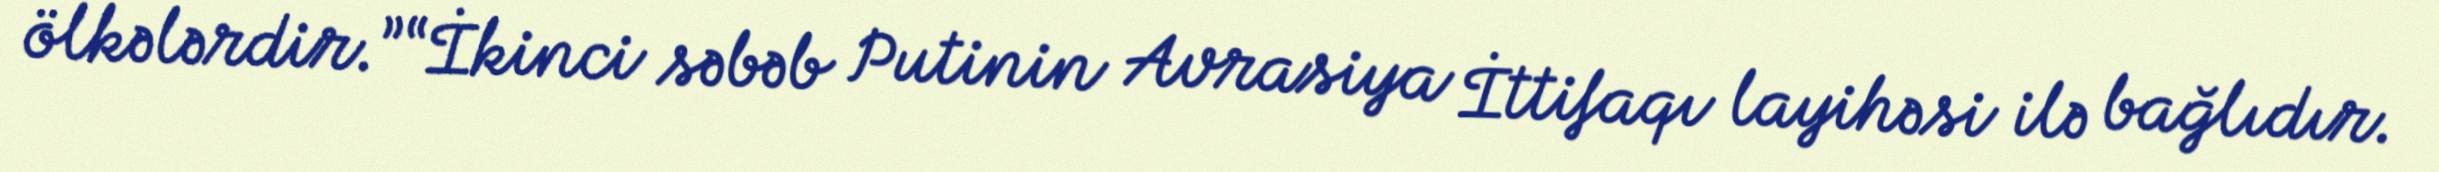
ölkələrdir.”“İkinci səbəb Putinin Avrasiya İttifaqı layihəsi ilə bağlıdır.